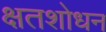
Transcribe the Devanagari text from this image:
क्षतशोधन